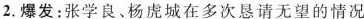
2.爆发：张学良、杨虎城在多次恳请无望的情况